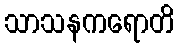
သာသနကရောတိ